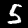
Digit: 5